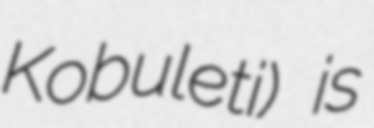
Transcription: Kobuleti) is